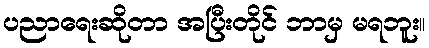
ပညာရေးဆိုတာ အပြီးတိုင် ဘာမှ မရဘူး။